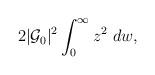
LaTeX: \begin{align*}2 |{\cal G}_{0}|^2 \int_{0}^{\infty} z^2 ~dw,\end{align*}